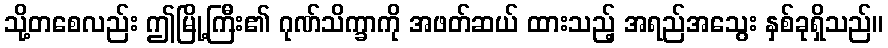
သို့တစေလည်း ဤမြို့ကြီး၏ ဂုဏ်သိက္ခာကို အဖတ်ဆယ် ထားသည့် အရည်အသွေး နှစ်ခုရှိသည်။